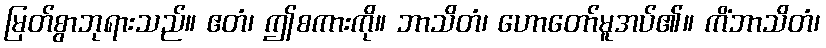
မြတ်စွာဘုရားသည်။ ဧတံ၊ ဤစကားကို။ ဘာသိတံ၊ ဟောတော်မူအပ်၏။ ကိံဘာသိတံ၊